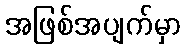
အဖြစ်အပျက်မှာ